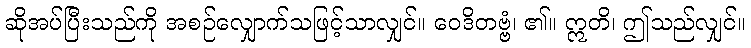
ဆိုအပ်ပြီးသည်ကို အစဉ်လျှောက်သဖြင့်သာလျှင်။ ဝေဒိတဗ္ဗံ၊ ၏။ ဣတိ၊ ဤသည်လျှင်။